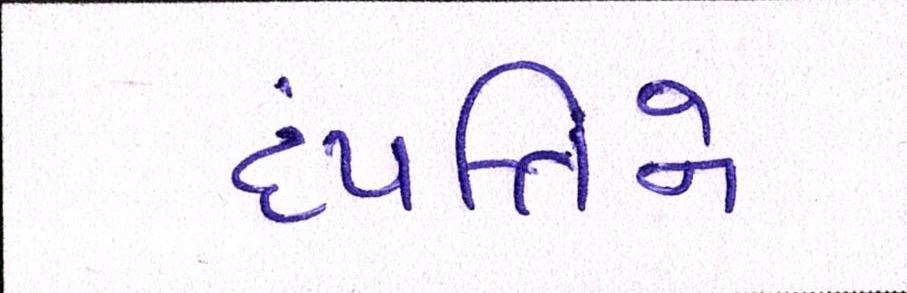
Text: દંપત્તિને